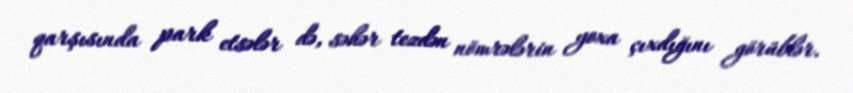
qarşısında park etsələr də, səhər tezdən nömrələrin yoxa çıxdığını görüblər.